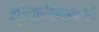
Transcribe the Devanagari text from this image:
नृत्यप्रशिक्षणाचे